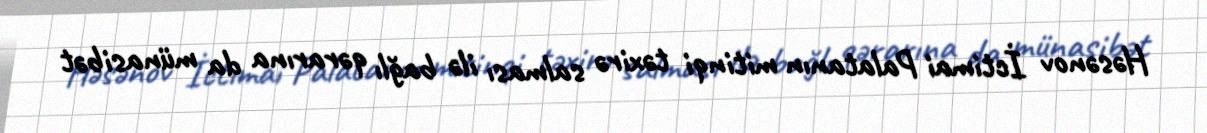
Həsənov İctimai Palatanın mitinqi təxirə salması ilə bağlı qərarına da münasibət